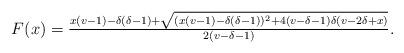
LaTeX: \begin{align*}F(x)=\tfrac{x(v-1)-\delta(\delta-1)+\sqrt{(x(v-1)-\delta(\delta-1))^2+4(v-\delta-1)\delta(v-2\delta+x)}}{2(v-\delta-1)}.\end{align*}